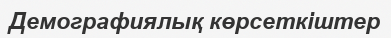
Демографиялық көрсеткіштер